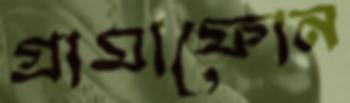
গ্রামাফোন